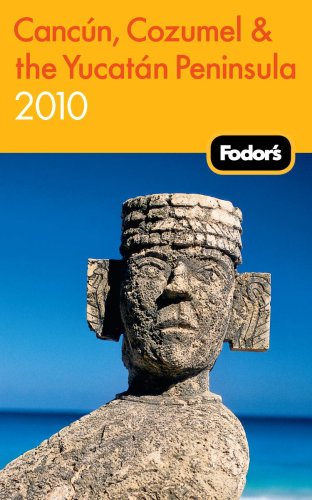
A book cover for Fodor's Cancun, Cozumel & the Yucatan Peninsula 2010 (Travel Guide); Fodor's; Travel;